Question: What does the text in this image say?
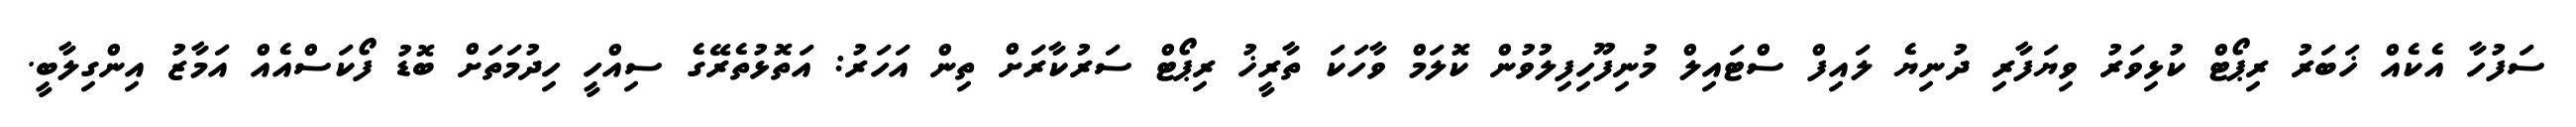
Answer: ސަފުހާ އެކެއް ޚަބަރު ރިޕޯޓް ކުޅިވަރު ވިޔަފާރި ދުނިޔެ ލައިފް ސްޓައިލް މުނިފޫހިފިލުވުން ކޮލަމް ވާހަކަ ތާރީޚު ރިޕޯޓް ސަރުކާރަށް ތިން އަހަރު: އަތޮޅުތެރޭގެ ސިއްހީ ހިދުމަތަށް ބޮޑު ފޯކަސްއެއް އަމާޒު އިންގިލާބީ.